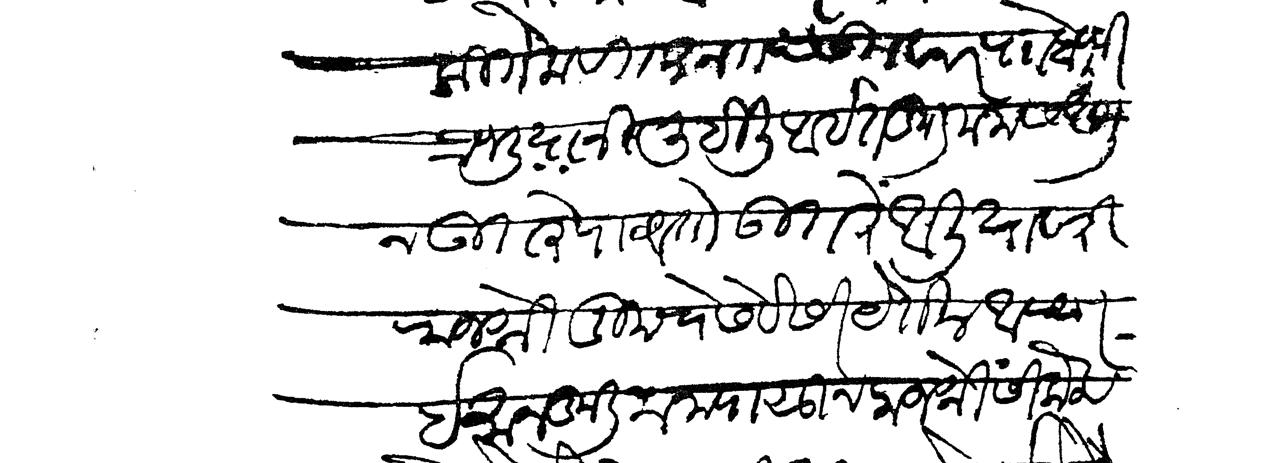
Transliteration (Devanagari): कितेक वर्तमान तपसीलवार राो बापूजी प्रभू यानी लिहिली आहेत कुली मनास आणून उतरे पाठवतों उतरे आलियावरी राजश्री तुमचे सेवेसी येतील आपण इमान कुली मनापासून राजश्रीसी केला